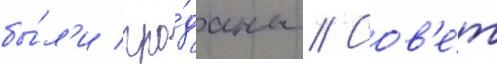
бы́л'и про́даны // Сов'е́т